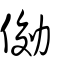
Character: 俲